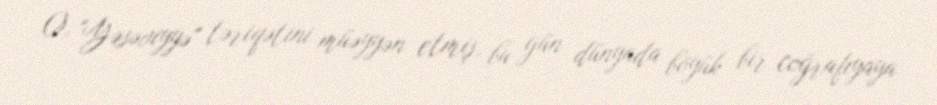
O, "Yəsəviyyə" təriqətini müəyyən etmiş, bu gün dünyada böyük bir coğrafiyaya